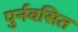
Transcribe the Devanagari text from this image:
पुर्नवसित